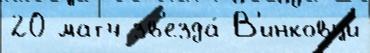
20 матч зв'езда́ В'инковци